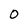
Character: 0